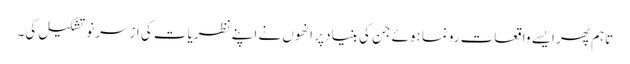
تاہم پھر ایسے واقعات رونما ہوئے جن کی بنیاد پر انھوں نے اپنے نظریات کی ازسرنو تشکیل کی۔